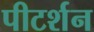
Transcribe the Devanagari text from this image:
पीटर्शन